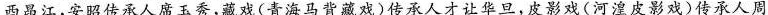
西昂江，安昭传承人席玉秀，藏戏(青海马背藏戏)传承人才让华旦，皮影戏(河湟皮影戏)传承人周